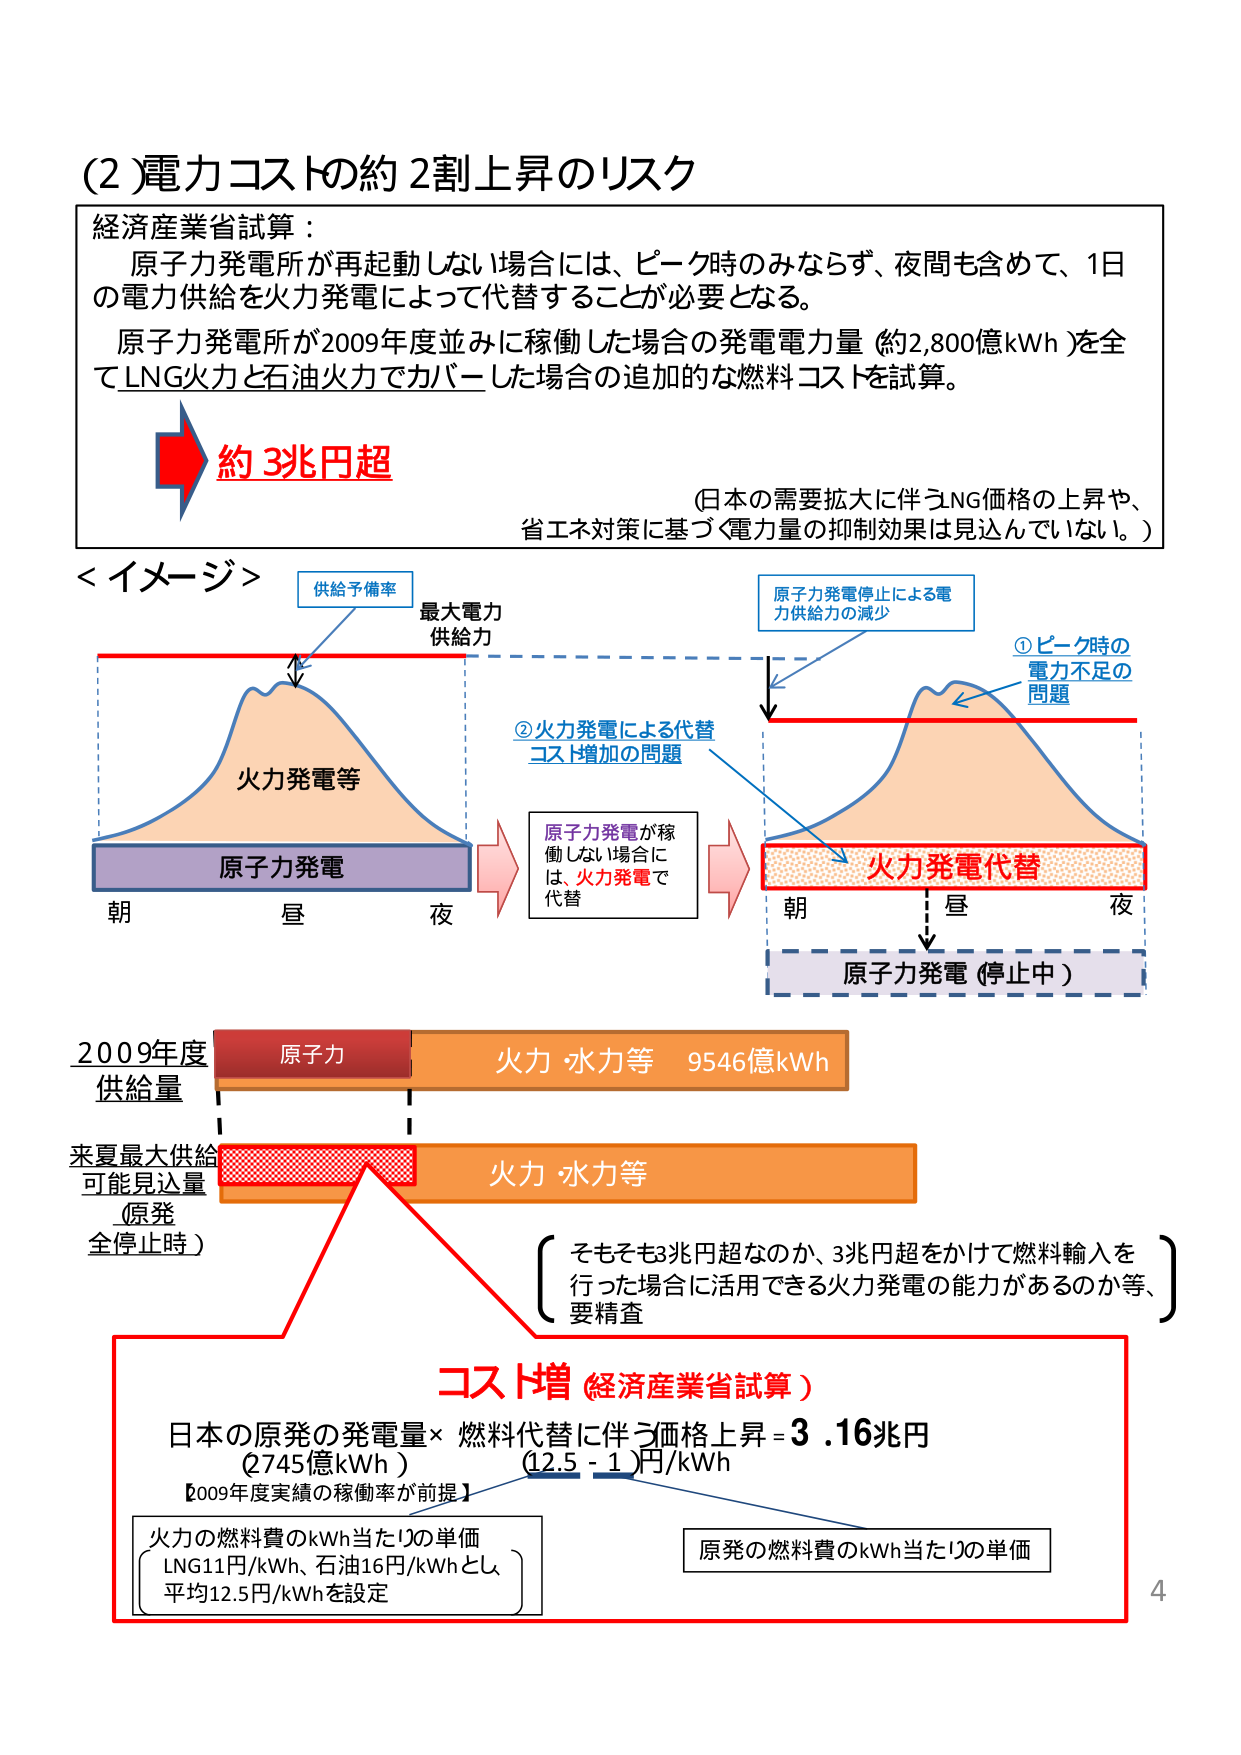
(2)電力コストの約2割上昇のリスク

経済産業省試算：
原子力発電所が再起動しない場合には、ピーク時のみならず、夜間も含めて、1日の電力供給を火力発電によって代替することが必要となる。
原子力発電所が2009年度並みに稼働した場合の発電電力量（約2,800億kWh）を全てLNG火力と石油火力でカバーした場合の追加的な燃料コストを試算。

約3兆円超

（日本の需要拡大に伴うNG価格の上昇や、省エネ対策に基づく電力量の抑制効果は見込んでいない。）

＜イメージ＞

供給予備率
最大電力
供給力

火力発電等
原子力発電

朝 昼 夜

原子力発電停止による電力供給力の減少

①ピーク時の
電力不足の
問題

②火力発電による代替
コスト増加の問題

原子力発電が稼働しない場合には、火力発電で代替

火力発電代替

朝 昼 夜

原子力発電（停止中）

2009年度
供給量
原子力 火力・水力等 9546億kWh

来夏最大供給
可能見込量
（原発
全停止時）
火力・水力等

そもそも3兆円超なのか、3兆円超をかけて燃料輸入を行った場合に活用できる火力発電の能力があるのか等、要精査

コスト増（経済産業省試算）
日本の原発の発電量×燃料代替に伴う価格上昇＝3.16兆円
（2745億kWh） （12.5－1）円/kWh

【2009年度実績の稼働率が前提】

火力の燃料費のkWh当たりの単価
LNG11円/kWh、石油16円/kWhとし、
平均12.5円/kWhを設定

原発の燃料費のkWh当たりの単価

4